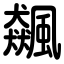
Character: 飆